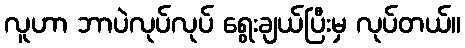
လူဟာ ဘာပဲလုပ်လုပ် ရွေးချယ်ပြီးမှ လုပ်တယ်။